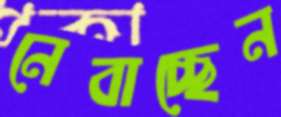
নেবাচ্ছেন